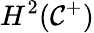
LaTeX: H^{2}(\mathcal{C}^{+})